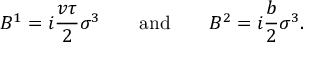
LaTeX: B ^ { 1 } = i { \frac { v \tau } { 2 } } \sigma ^ { 3 } \qquad \mathrm { a n d } \qquad B ^ { 2 } = i { \frac { b } { 2 } } \sigma ^ { 3 } .